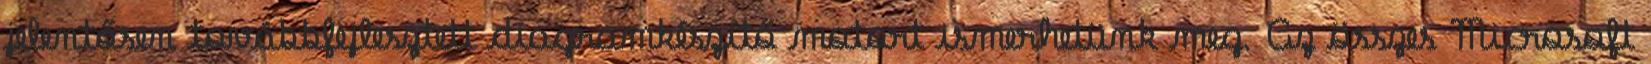
jelentősen továbbfejlesztett diagramkészítő motort ismerhetünk meg. Az összes Microsoft